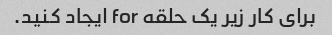
برای کار زیر یک حلقه for ایجاد کنید.